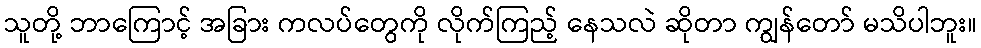
သူတို့ ဘာကြောင့် အခြား ကလပ်တွေကို လိုက်ကြည့် နေသလဲ ဆိုတာ ကျွန်တော် မသိပါဘူး။